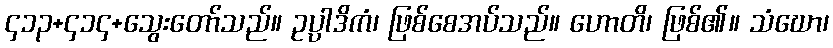
၄၁၃+၄၁၄+သွေးတော်သည်။ ဥပ္ပါဒိကံ၊ ဖြစ်စေအပ်သည်။ ဟောတိ၊ ဖြစ်၏။ သံဃော၊